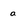
Character: a